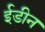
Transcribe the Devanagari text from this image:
ईडीन